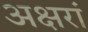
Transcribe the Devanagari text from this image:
अक्षरां